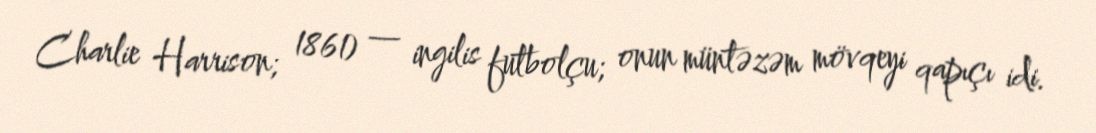
Charlie Harrison; 1861) — ingilis futbolçu; onun müntəzəm mövqeyi qapıçı idi.